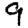
Digit: 9